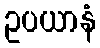
ဥပယာနံ